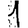
Digit: 1